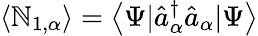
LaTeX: \left\langle\mathbb{N}_{1,\alpha}\right\rangle=\left\langle\Psi|\hat{{a}}_{\alpha}^{\dagger}\hat{{a}}_{\alpha}|\Psi\right\rangle